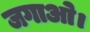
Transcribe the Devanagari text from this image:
जगाओ।